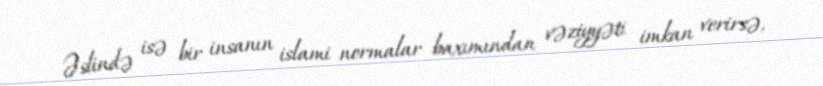
Əslində isə bir insanın islami normalar baxımından vəziyyəti imkan verirsə,